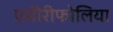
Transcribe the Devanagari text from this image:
एसीरीफोलिया